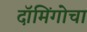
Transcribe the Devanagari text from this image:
दॉमिंगोचा